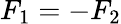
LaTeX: F_{1}=-F_{2}